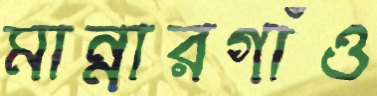
মান্নারগাঁও